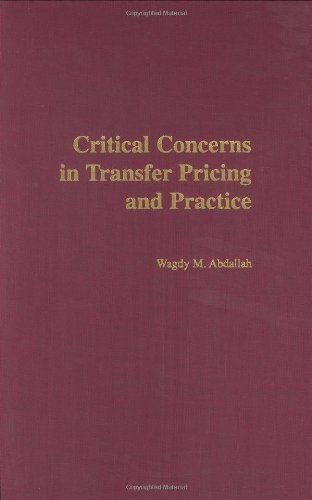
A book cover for Critical Concerns in Transfer Pricing and Practice; Wagdy M Abdallah; Business & Money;